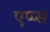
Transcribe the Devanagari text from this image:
एप्प्स